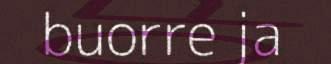
buorre ja